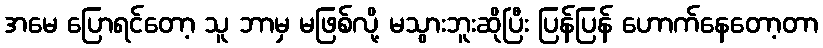
အမေ ပြောရင်တော့ သူ ဘာမှ မဖြစ်လို့ မသွားဘူးဆိုပြီး ပြန်ပြန် ဟောက်နေတော့တာ